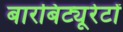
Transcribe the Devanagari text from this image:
बारबिट्यूरेटों